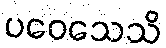
ပဝေသေသိ